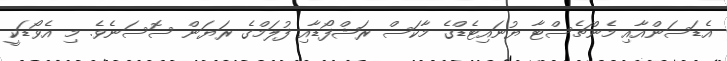
އެޑަސަންއާއި މެންޗެސްޓާ ޔުނައިޓެޑްގެ މާކަސް ރަޝްފޯޑާއި ފުލަމްގެ ރަޔަން ސޮސަނެވެ. މި އެވޯޑަކީ